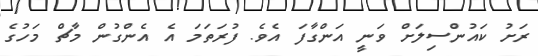
ރަށު ކައުންސިލަށް ވަނީ އަންގާފަ އެވެ. ފުރަތަމަ އެ އެންގުން މާޗް މަހުގެ